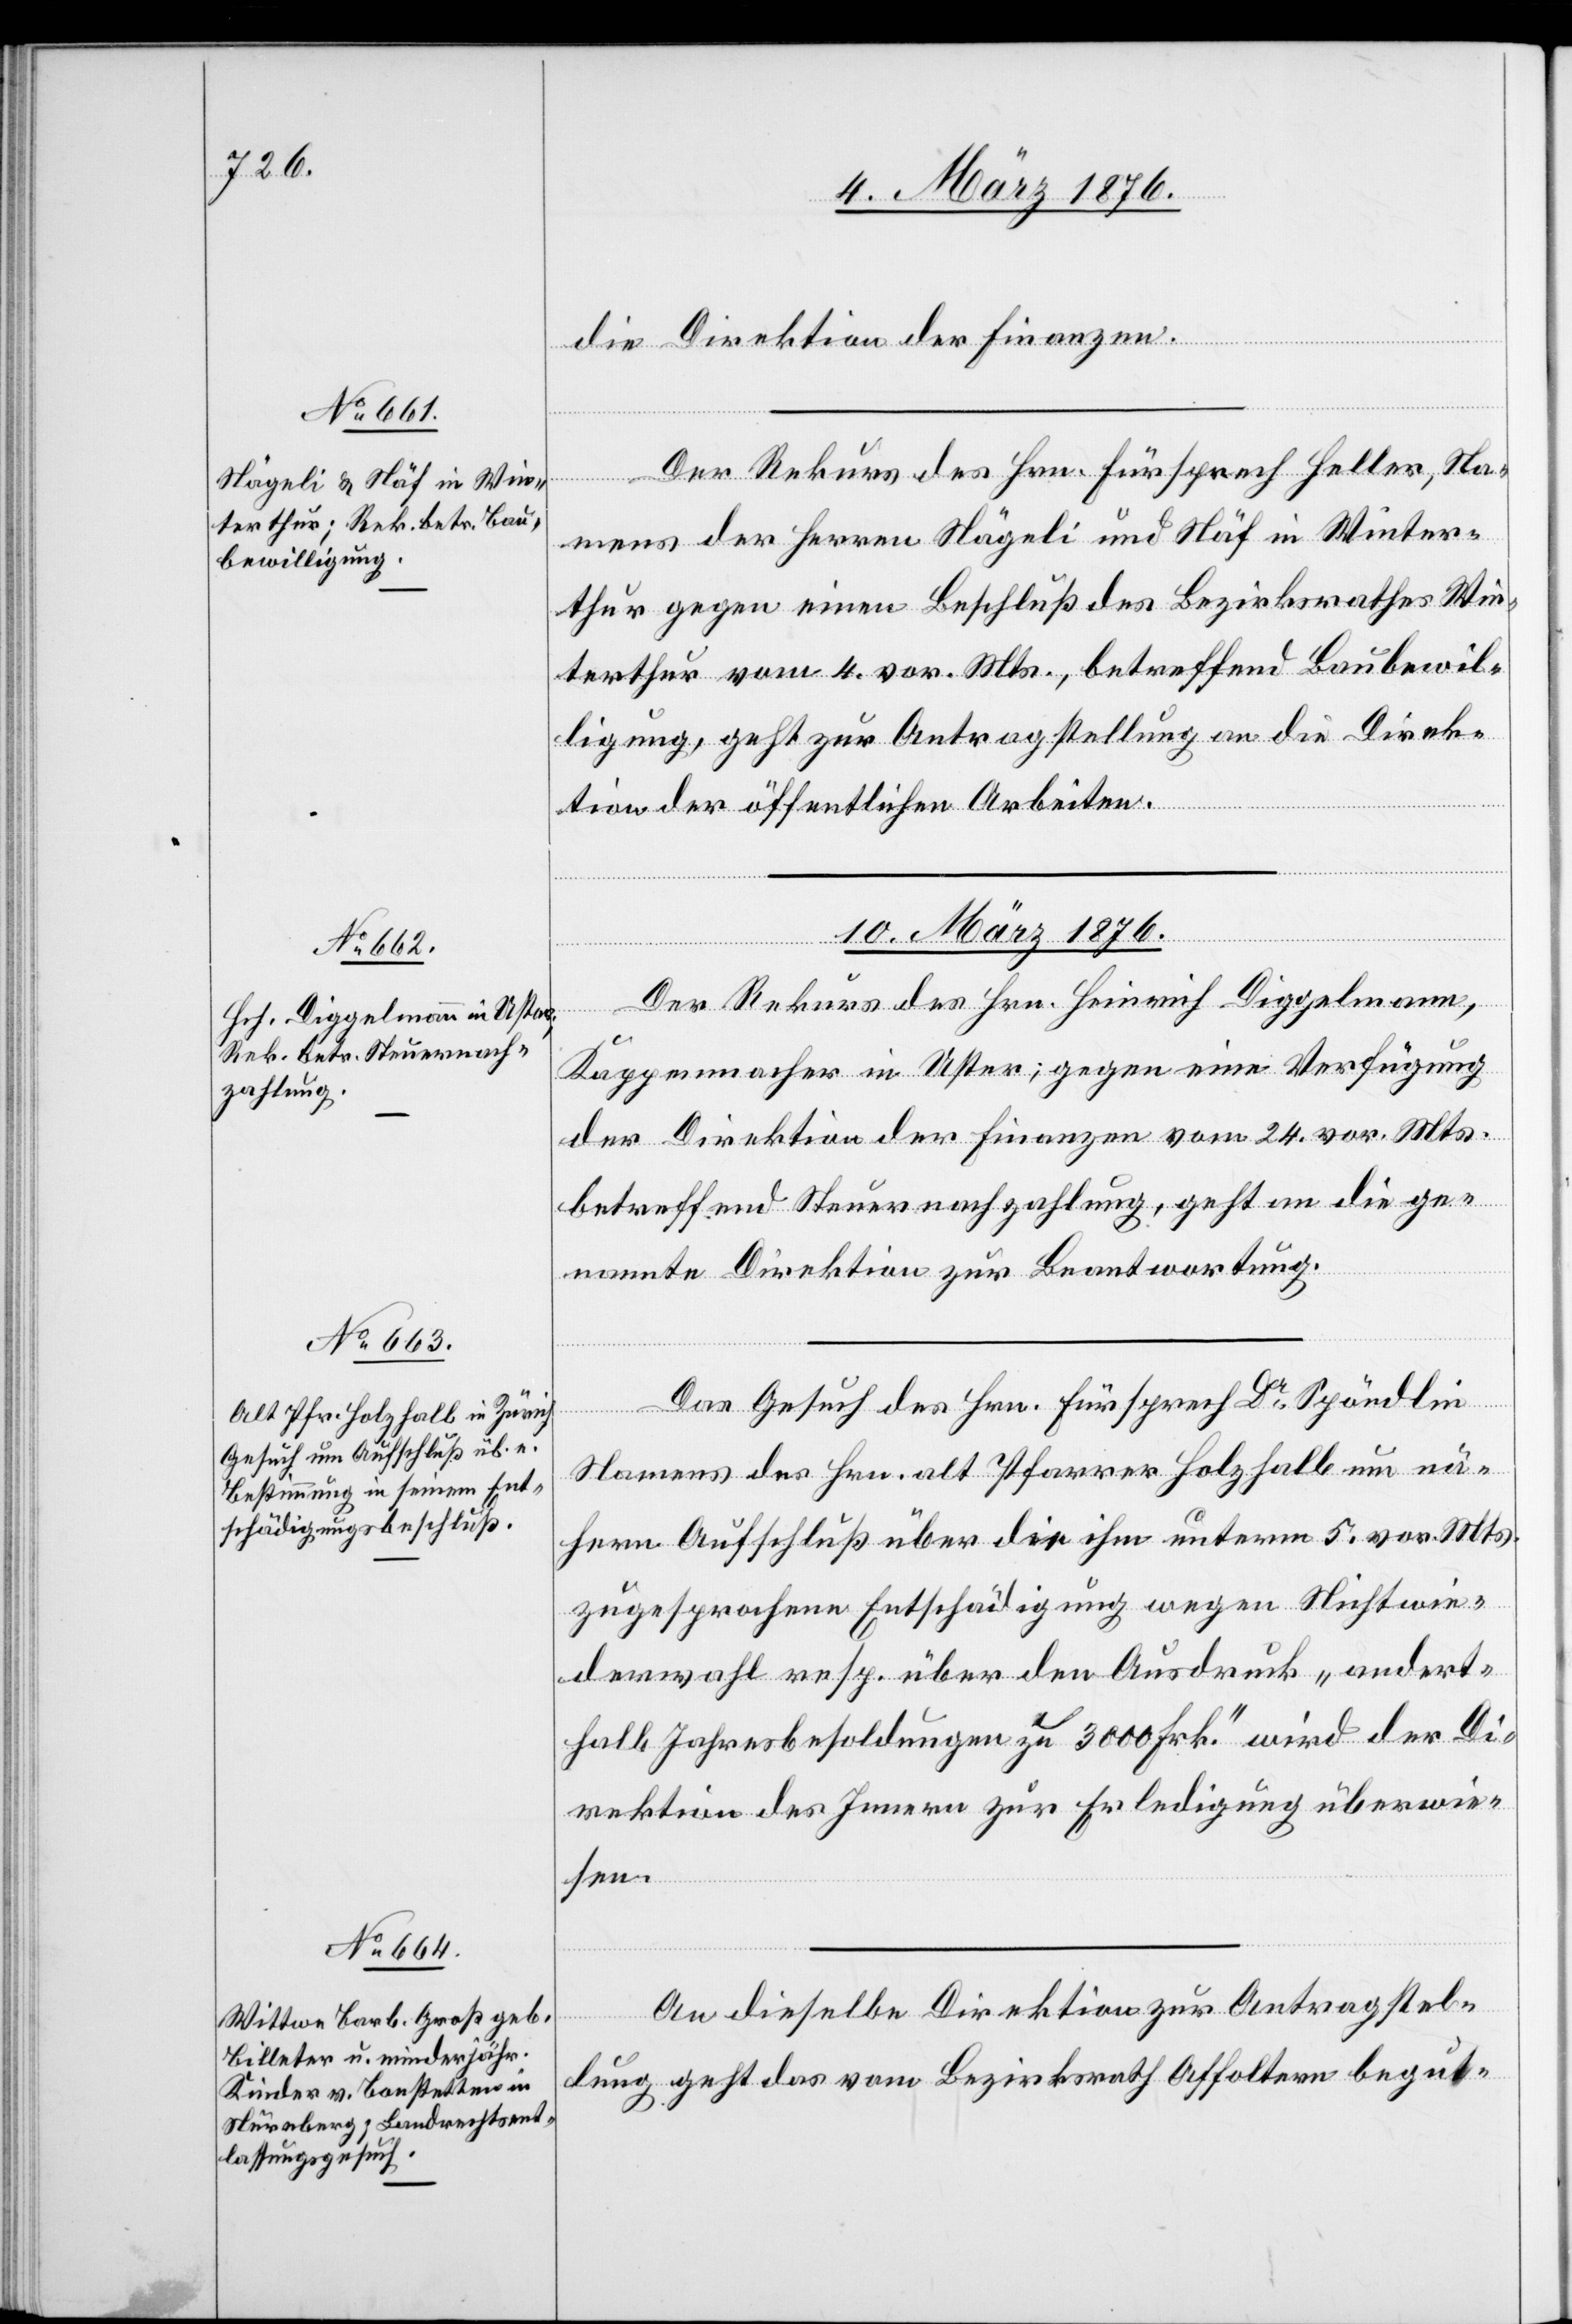
9. März 1876.]
die Direktion der Finanzen.
Der Rekurs des Hrn. Fürsprech Heller, Na¬
mens der Herren Nägeli und Näf in Winter¬
thur gegen einen Beschluß des Bezirksrathes Win¬
terthur vom 4. vor. Mts., betreffend Baubewil¬
ligung, geht zur Antragstellung an die Direk¬
Das
tion der öffentlichen Arbeiten.
10. März 1876.]
Der Rekurs des Hrn. Heinrich Diggelmann,
Dr
Kappenmacher in Uster; gegen eine Verfügung
der Direktion der Finanzen vom 24. vor. Mts.
betreffend Steuernachzahlung, geht an die ge¬
Hrn.
nannte Direktion zur Beantwortung.
Namens des Hrn. Pfarrer Holzhalb um nä¬
heren Aufschluß über die ihm unterm 5. vor. Mts.
zugesprochene Entschädigung wegen Nichtwie¬
derwahl resp. über den Ausdruck „andert¬
halb Jahresbesoldungen zu 3000 Frk.“ wird der Di¬
rektion des Innern zur Erledigung überwie¬
sen.
An dieselbe Direktion zur Antragstel¬
lung geht das vom Bezirksrath Affoltern begut-